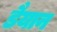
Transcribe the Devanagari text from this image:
डैयान